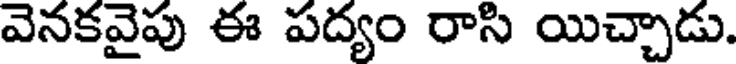
వెనకవైపు ఈ పద్యం రాసి యిచ్చాడు.